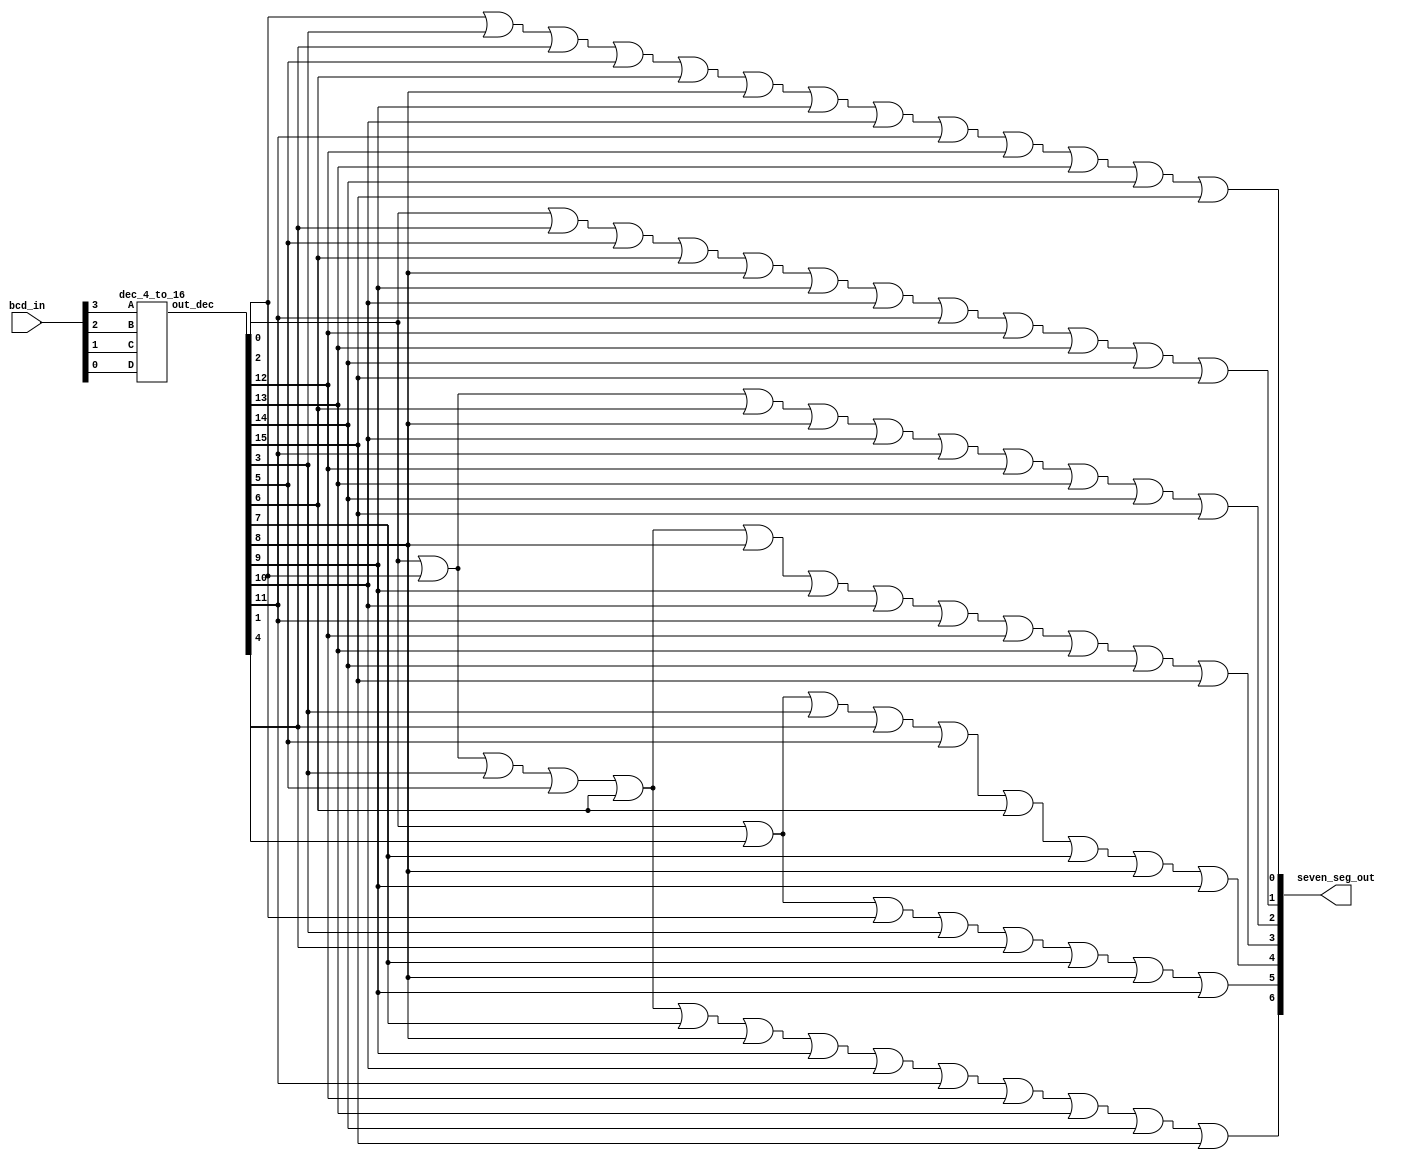
module bcd_to_7_seg(bcd_in, seven_seg_out);

input [3:0] bcd_in;
output [6:0] seven_seg_out;
wire [15:0] dec_result;

dec_4_to_16 U0 (bcd_in[3],
	       		bcd_in[2],
                bcd_in[1],
                bcd_in[0], 
                dec_result
 	     		);

//		________
//	  /		A	 \
//   /   _______  \		A: char_a_out
// 	/	/	   \   \	B: char_b_out
//	|	|		|	|	C: char_c_out
//	| F |		| B |	D: char_d_out
//	|	|		|	|	E: char_e_out
//	\	\_______/	/	F: char_f_out
//	 |	 	G      |	G: char_g_out
//	 |	 _______   |
//	/	/		\	\
//	|	|		|	|
//	| E |		| C |
//	|	|		|	|
//	\	\_______/   /
//   \		D  	   /
//	  \___________/
 

 wire char_a_out;
 wire char_b_out;
 wire char_c_out;
 wire char_d_out;
 wire char_e_out;
 wire char_f_out; 
 wire char_g_out;

//Decoder's result is minterm
 assign char_a_out = (dec_result[0])|(dec_result[2])|(dec_result[3])|(dec_result[5])|(dec_result[6])|(dec_result[7])|(dec_result[8])|(dec_result[9])
		    |(dec_result[10])|(dec_result[11])|(dec_result[12])|(dec_result[13])|(dec_result[14])|(dec_result[15]);

 assign char_b_out = (dec_result[0])|(dec_result[1])|(dec_result[2])|(dec_result[3])|(dec_result[4])|(dec_result[7])|(dec_result[8])|(dec_result[9]);

 assign char_c_out = (dec_result[0])|(dec_result[1])|(dec_result[3])|(dec_result[4])|(dec_result[5])|(dec_result[6])|(dec_result[7])|(dec_result[8])|(dec_result[9]);

 assign char_d_out = (dec_result[0])|(dec_result[2])|(dec_result[3])|(dec_result[5])|(dec_result[6])|(dec_result[8])|(dec_result[9])
		     | (dec_result[10])|(dec_result[11])|(dec_result[12])|(dec_result[13])|(dec_result[14])|(dec_result[15]);

 assign char_e_out = (dec_result[0])|(dec_result[2])|(dec_result[6])|(dec_result[8])
 		     |(dec_result[10])|(dec_result[11])|(dec_result[12])|(dec_result[13])|(dec_result[14])|(dec_result[15]);

 assign char_f_out = (dec_result[0])|(dec_result[4])|(dec_result[5])|(dec_result[6])|(dec_result[8])|(dec_result[9])
		     |(dec_result[10])|(dec_result[11])|(dec_result[12])|(dec_result[13])|(dec_result[14])|(dec_result[15]);

 assign char_g_out = (dec_result[2])|(dec_result[3])|(dec_result[4])|(dec_result[5])|(dec_result[6])|(dec_result[8])|(dec_result[9])
		     |(dec_result[10])|(dec_result[11])|(dec_result[12])|(dec_result[13])|(dec_result[14])|(dec_result[15]);

assign seven_seg_out = {char_a_out,char_b_out,char_c_out,char_d_out,char_e_out,char_f_out,char_g_out};


endmodule



module dec_4_to_16 (A, B, C, D, out_dec);

// YOUR CODE FROM dec_4_to_16.v

// 1. DEFINE INPUT (A, B, C, D) AND OUTPUT (out)
input A, B, C, D;
output reg [15:0] out_dec;

// 2. WRITE BEHAVIOR MODEL FOR 4-to-16 decoder

always@(*) begin
	case({A, B, C, D})
		4'b0000: out_dec <= 16'b0000_0000_0000_0001;
		4'b0001: out_dec <= 16'b0000_0000_0000_0010;
		4'b0010: out_dec <= 16'b0000_0000_0000_0100;
		4'b0011: out_dec <= 16'b0000_0000_0000_1000;
		4'b0100: out_dec <= 16'b0000_0000_0001_0000;
		4'b0101: out_dec <= 16'b0000_0000_0010_0000;
		4'b0110: out_dec <= 16'b0000_0000_0100_0000;
		4'b0111: out_dec <= 16'b0000_0000_1000_0000;
		4'b1000: out_dec <= 16'b0000_0001_0000_0000;
		4'b1001: out_dec <= 16'b0000_0010_0000_0000;
		4'b1010: out_dec <= 16'b0000_0100_0000_0000;
		4'b1011: out_dec <= 16'b0000_1000_0000_0000;
		4'b1100: out_dec <= 16'b0001_0000_0000_0000;
		4'b1101: out_dec <= 16'b0010_0000_0000_0000;
		4'b1110: out_dec <= 16'b0100_0000_0000_0000;
		4'b1111: out_dec <= 16'b1000_0000_0000_0000;
	endcase
end

endmodule